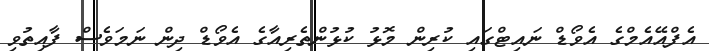
އެފްއޭއެމްގެ އެވޯޑް ނައިޓްގައި ކުރިން މޮޅު ކުޅުންތެރިއާގެ އެވޯޑް ދިން ނަމަވެސް ފާއިތުވި